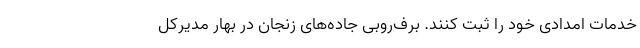
خدمات امدادی خود را ثبت کنند. برف‌روبی جاده‌های زنجان در بهار مدیرکل